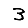
Digit: 3